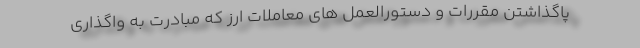
پاگذاشتن مقررات و دستورالعمل‌ های معاملات ارز که مبادرت به واگذاری